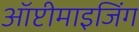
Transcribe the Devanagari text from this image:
ऑप्टीमाइजिंग